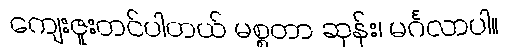
ကျေးဇူးတင်ပါတယ် မစ္စတာ ဆုန်း၊ မင်္ဂလာပါ။